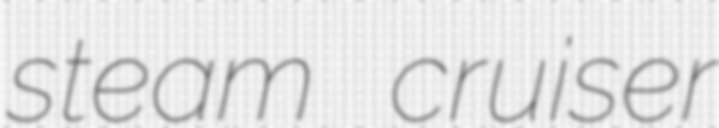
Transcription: steam cruiser